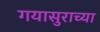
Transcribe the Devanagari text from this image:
गयासुराच्या